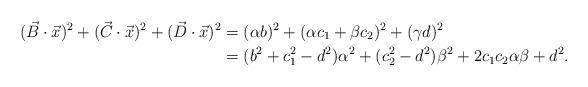
LaTeX: \begin{align*}(\vec{B}\cdot\vec{x})^2+(\vec{C}\cdot\vec{x})^2+(\vec{D}\cdot\vec{x})^2&=(\alpha b)^2+(\alpha c_1+\beta c_2)^2+(\gamma d)^2\\&=(b^2+c_1^2-d^2)\alpha^2+(c_2^2-d^2)\beta^2+2c_1c_2\alpha\beta+d^2.\end{align*}